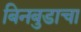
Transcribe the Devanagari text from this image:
बिनबुडाचा